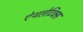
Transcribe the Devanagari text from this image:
ऐथलेटिक्स